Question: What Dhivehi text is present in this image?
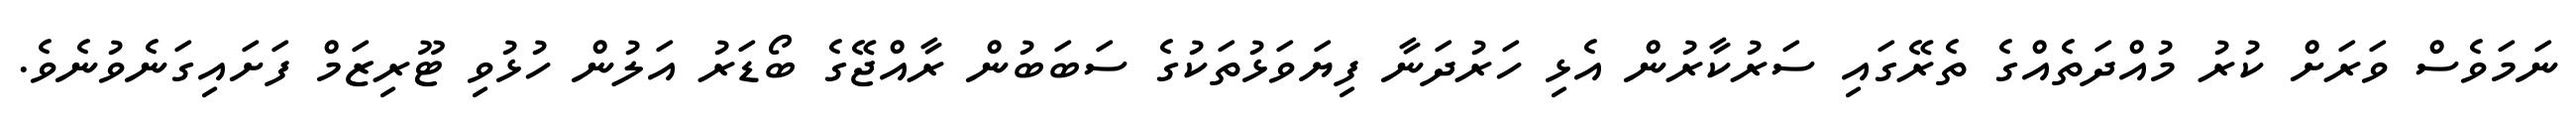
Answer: ނަމަވެސް ވަރަށް ކުރު މުއްދަތެއްގެ ތެރޭގައި ސަރުކާރުން އެޅި ހަރުދަނާ ފިޔަވަޅުތަކުގެ ސަބަބުން ރާއްޖޭގެ ބޯޑަރު އަލުން ހުޅުވި ޓޫރިޒަމް ފަށައިގަނެވުނެވެ.